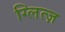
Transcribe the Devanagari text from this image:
ग्लित्ज़